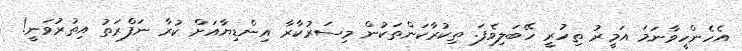
އެހެންހީވާނަމަ އަމީރު ތިހުރީ ހޭބަލިވެފަ. ތިކުރާކަންތަކުން މިސަރުކާރާ އިންޑިޔާއަށް ކުރާ ނަފްރަތު އިތުރުވަނީ!